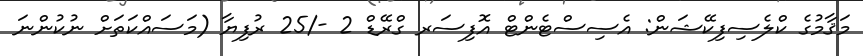
މަޤާމުގެ ކްލެސިފިކޭޝަން: އެސިސްޓެންޓް އޮފިސަރ ގްރޭޑް 2 -/25 ރުފިޔާ (މަސައްކަތަށް ނުކުންނަ